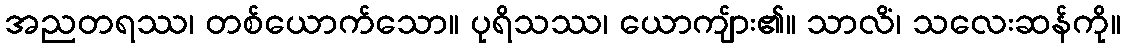
အညတရဿ၊ တစ်ယောက်သော။ ပုရိသဿ၊ ယောကျ်ား၏။ သာလိံ၊ သလေးဆန်ကို။